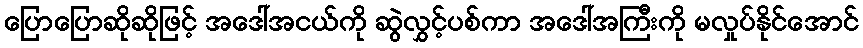
ပြောပြောဆိုဆိုဖြင့် အဒေါ်အငယ်ကို ဆွဲလွှင့်ပစ်ကာ အဒေါ်အကြီးကို မလှုပ်နိုင်အောင်